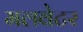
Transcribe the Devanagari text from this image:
मलवेटर